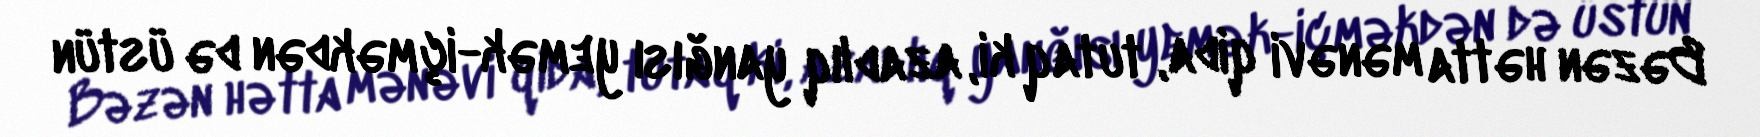
Bəzən hətta mənəvi qida, tutaq ki, azadlıq yanğısı yemək-içməkdən də üstün